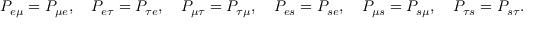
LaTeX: P _ { e \mu } = P _ { \mu e } , \quad P _ { e \tau } = P _ { \tau e } , \quad P _ { \mu \tau } = P _ { \tau \mu } , \quad P _ { e s } = P _ { s e } , \quad P _ { \mu s } = P _ { s \mu } , \quad P _ { \tau s } = P _ { s \tau } .